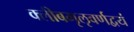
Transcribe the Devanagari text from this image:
क्लीबमृऌवर्णद्वयं